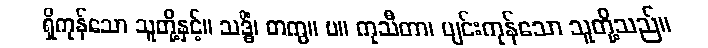
ရှိကုန်သော သူတို့နှင့်။ သဒ္ဓိံ၊ တကွ။ ပ။ ကုသီတာ၊ ပျင်းကုန်သော သူတို့သည်။